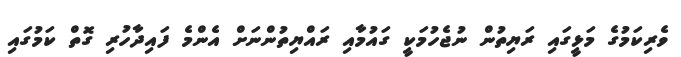
ވެރިކަމުގެ މަޅީގައި ރަޔިތުން ނުޖެހުމަކީ ގައުމާއި ރައްޔިތުންނަށް އެންމެ ފައިދާހުރި ގޮތް ކަމުގައި